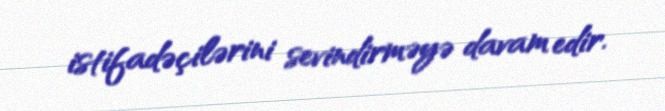
istifadəçilərini sevindirməyə davam edir.